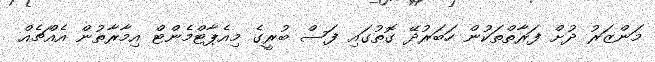
މަންޒަރު ދުށް ފަރާތްތަކުން ހަބަރުދޭ ގޮތުގައި ފަސް ބުރީގެ މިއެޕާޓްމެންޓް އިމާރާތުން އެއްޗެއް